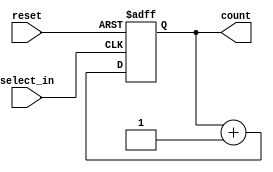
`timescale 1ns / 1ps

module counter(select_in, reset, count);
    input reset, select_in; // enable determines if incrementer
    output reg [1:0] count;
    initial begin
        count = 0;
    end 
                         
    always @ (posedge select_in or posedge reset) begin
        if (reset) begin
            count <= 0;
        end else begin
            if (select_in == 1) begin
                count <= count + 1'b1;
            end
        end
    end
endmodule